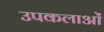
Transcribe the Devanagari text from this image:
उपकलाओं